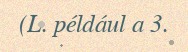
(L. például a 3.